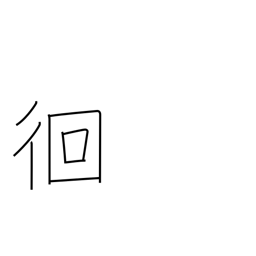
Meaning: wandering